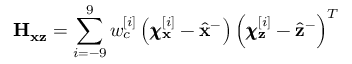
\mathbf { H } _ { \mathbf { x } \mathbf { z } } = \sum _ { i = - 9 } ^ { 9 } w _ { c } ^ { [ i ] } \left( \pmb { \chi } _ { \mathbf { x } } ^ { [ i ] } - \hat { \mathbf { x } } ^ { - } \right) \left( \pmb { \chi } _ { \mathbf { z } } ^ { [ i ] } - \hat { \mathbf { z } } ^ { - } \right) ^ { T }